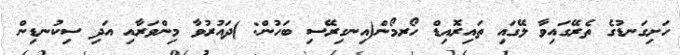
ހަށިގަނޑުގެ ތެރޭގައިވާ ލޭގައި ތައިރޮއިޑް ހޯރމޯން(އިނގިރޭސި ބަހުން: )ދައުރުވާ މިންވަރާއި އަދި ސިކުނޑިން